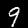
Label: 9